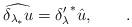
LaTeX: \begin{align*} \widehat{\delta_{\lambda_*} u} = {\delta'_\lambda}^* \hat{u}, \qquad.\end{align*}